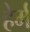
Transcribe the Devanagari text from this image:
हेर्म